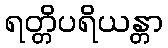
ရတ္တိပရိယန္တာ